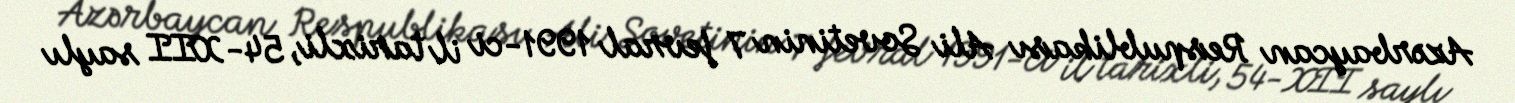
Azərbaycan Respublikası Ali Sovetinin 7 fevral 1991-ci il tarixli, 54-XII saylı